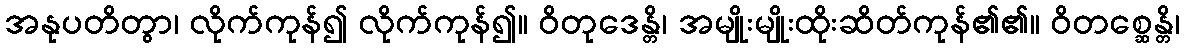
အနုပတိတွာ၊ လိုက်ကုန်၍ လိုက်ကုန်၍။ ဝိတုဒေန္တိ၊ အမျိုးမျိုးထိုးဆိတ်ကုန်၏၏။ ဝိတစ္ဆေန္တိ၊